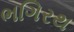
ભગિરથ